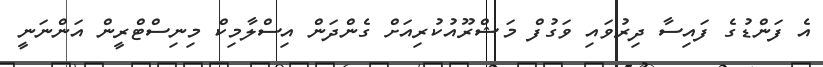
އެ ފަންޑުގެ ފައިސާ ދިރުވައި ވަގުފް މަޝްރޫއުކުރިއަށް ގެންދަން އިސްލާމިކް މިނިސްޓްރީން އަންނަނީ